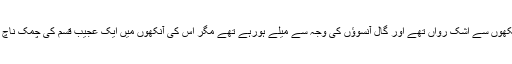
اس کی آنکھوں سے اشک رواں تھے اور گال آنسوؤں کی وجہ سے میلے ہورہے تھے مگر اس کی آنکھوں میں ایک عجیب قسم کی چمک ناچ رہی تھی۔